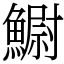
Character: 䲁